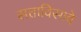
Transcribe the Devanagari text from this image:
सत्ताविसावे